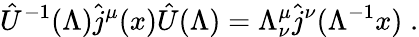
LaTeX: \hat{U}^{-1}(\Lambda)\hat{j}^{\mu}(x)\hat{U}(\Lambda)=\Lambda_{\nu}^{\mu}\hat{j}^{\nu}(\Lambda^{-1}x)\; .